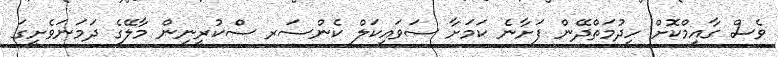
ވެސް ގާއިމްކޮށް ހިދުމަތްދޭން ފަށާނެ ކަމަށާ ސަވައިކަލް ކެންސަރ ސްކުރީނިން މާލޭގެ ދަމަނަވެށީގަ